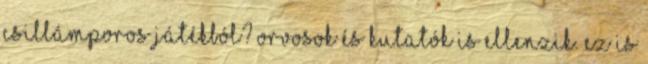
csillámporos játékból? Orvosok és kutatók is ellenzik. Ez is